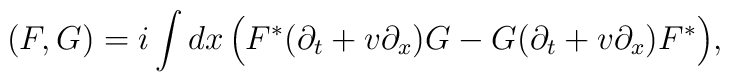
(F,G) = i \int dx\,  \Bigl(F^{*}(\partial_{t} + v\partial_{x})G - G(\partial_{t} + v\partial_{x})F^{*}\Bigr),